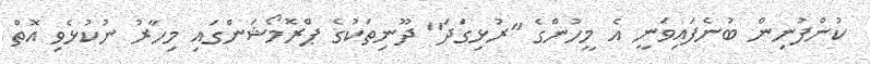
ކުންފުނިން ބުނެފައިވަނީ އެ މީހުންގެ "ރުޅިގަދަ" ދޫނިތަކުގެ ޕްރޮމޯޝަންގައި މިހާރު ނުކުޅެވި އޮތް